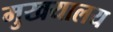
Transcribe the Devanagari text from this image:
मुखयालय